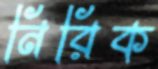
নিরিক